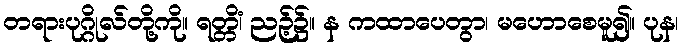
တရားပုဂ္ဂိုလ်တို့ကို။ ရတ္တိံ၊ ညဉ့်၌။ န ကထာပေတွာ၊ မဟောစေမူ၍။ ပုန၊